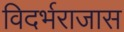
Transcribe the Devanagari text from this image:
विदर्भराजास